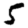
Digit: 5